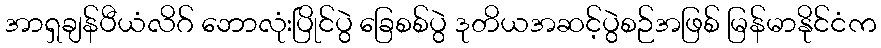
အာရှချန်ပီယံလိဂ် ဘောလုံးပြိုင်ပွဲ ခြေစစ်ပွဲ ဒုတိယအဆင့်ပွဲစဉ်အဖြစ် မြန်မာနိုင်ငံက